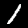
Label: 1